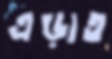
এড়াত